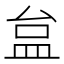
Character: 𥁐